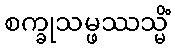
စက္ခုသမ္ဖဿသ္မိံ